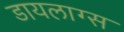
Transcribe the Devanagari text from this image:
डायलाग्स